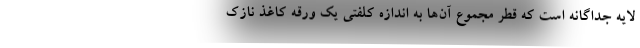
لایه جداگانه است که قطر مجموع آن‌ها به اندازه کلفتی یک ورقه کاغذ نازک